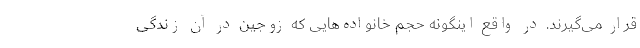
قرار می‌گیرند. در واقع اینگونه حجم خانواده‌هایی که زوجین در آن زندگی